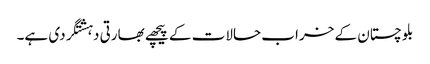
بلوچستان کے خراب حالات کے پیچھے بھارتی دہشتگردی ہے۔